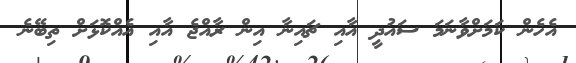
އެހެން ކަމަށްވާނަމަ ސައުދީ އާއި ޗައިނާ އިން ރާއްޖެ އާއި އެއްކޮޅަށް ތިބޭނެ